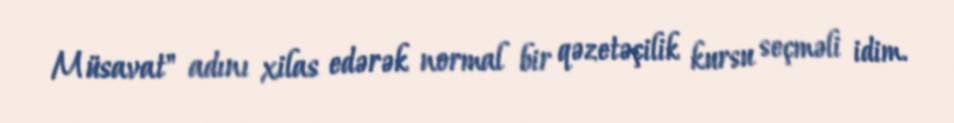
Müsavat" adını xilas edərək normal bir qəzetəçilik kursu seçməli idim.